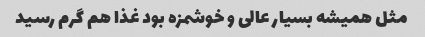
مثل همیشه بسیار عالی و خوشمزه بود غذا هم گرم رسید